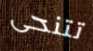
تتنحى